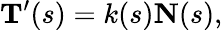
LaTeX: \mathbf{T}^{\prime}(s)=k(s)\mathbf{N}(s),